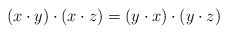
\begin{align*}(x\cdot y)\cdot (x\cdot z)=(y\cdot x)\cdot (y\cdot z)\end{align*}